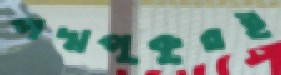
পদ্মপুকুরই